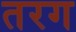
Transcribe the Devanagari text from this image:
तरग